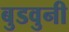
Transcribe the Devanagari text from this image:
बुडवुनी